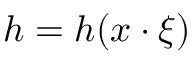
h = h ( x \cdot \xi )